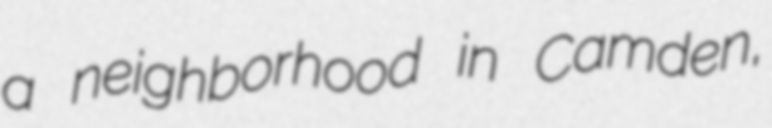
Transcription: a neighborhood in Camden,